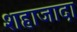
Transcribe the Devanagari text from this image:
शहाजादा